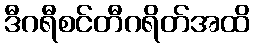
ဒီဂရီစင်တီဂရိတ်အထိ